Jaan_Tonisson_(Lasteleht), lk 2
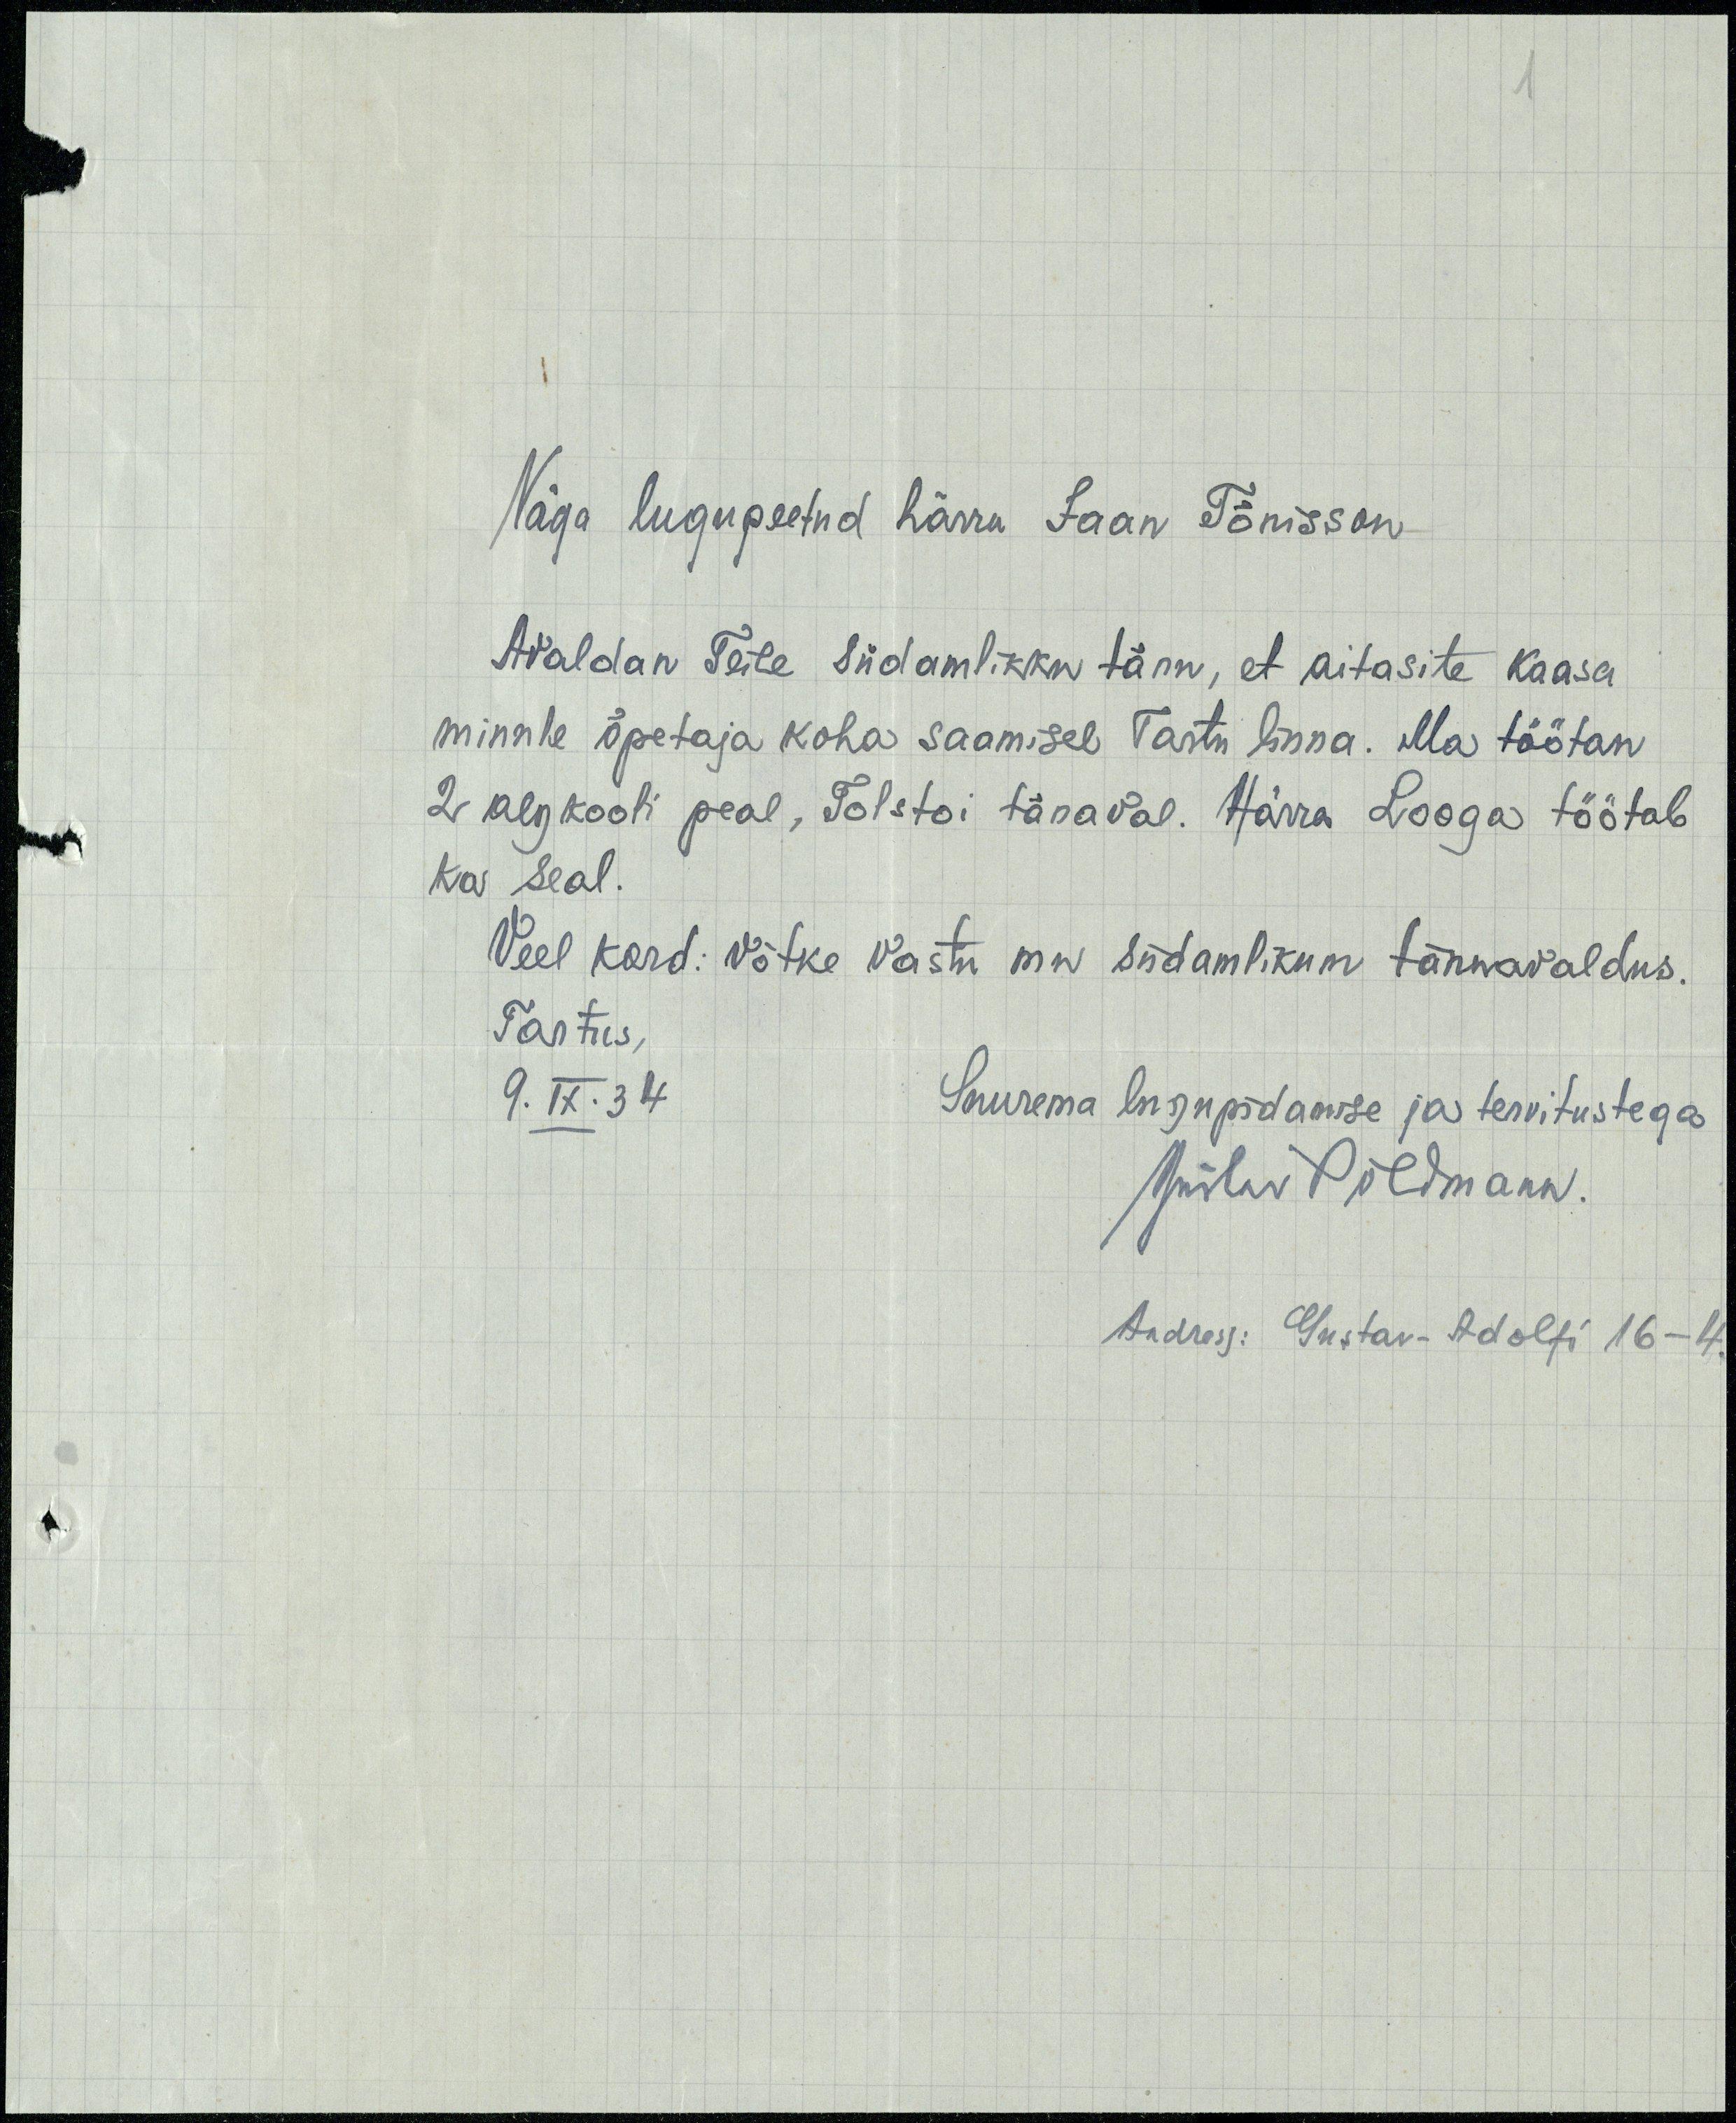
1

Väga lugupeetud härra Jaan Tõnisson
Avaldan Teile südamlikku tänu, et aitasite kaasa
minule õpetaja koha saamisel Tartu linna. Ma töötan
2 algkooli peal, Tolstoi tänaval. Härra Looga töötab
Ka seal.
Veel kord: võtke vastu mu südamlikum tänuavaldus.
Tartus,
9. IX. 34
Suurema lugupidamise ja tervitustega
Gustav Põldmann
Andress: Gustav-Adolfi 16-4